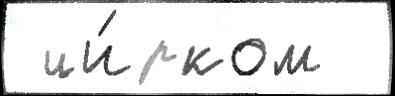
 ци́рком